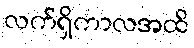
လက်ရှိကာလအထိ